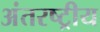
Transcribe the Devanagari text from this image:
अंतरष्ट्रीय